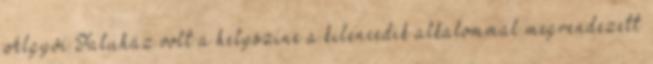
Algyõi Faluház volt a helyszíne a kilencedik alkalommal megrendezett